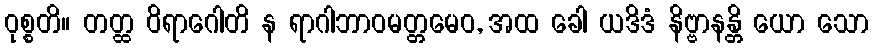
ဝုစ္စတိ။ တတ္ထ ဝိရာဂေါတိ န ရာဂါဘာဝမတ္တမေဝ, အထ ခေါ ယဒိဒံ နိဗ္ဗာနန္တိ ယော သော